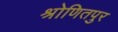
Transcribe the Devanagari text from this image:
श्रोणितपुर